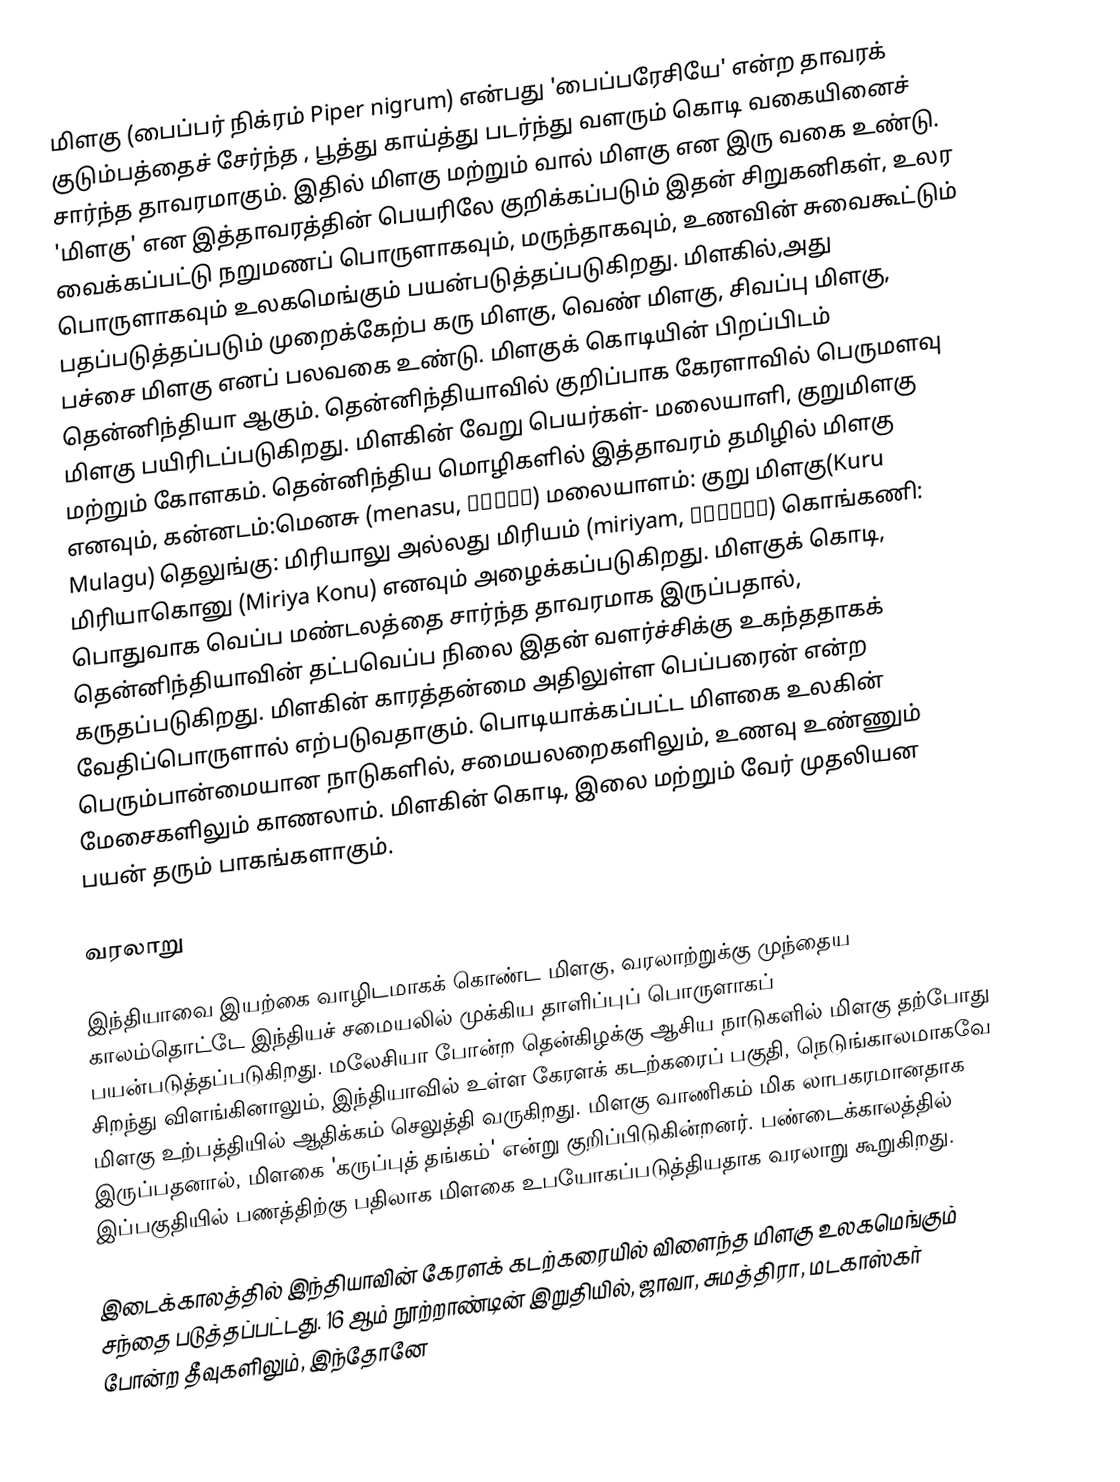
மிளகு (பைப்பர் நிக்ரம் Piper nigrum) என்பது 'பைப்பரேசியே' என்ற தாவரக் குடும்பத்தைச் சேர்ந்த , பூத்து காய்த்து படர்ந்து வளரும் கொடி வகையினைச் சார்ந்த தாவரமாகும். இதில் மிளகு மற்றும் வால் மிளகு என இரு வகை உண்டு. 'மிளகு' என இத்தாவரத்தின் பெயரிலே குறிக்கப்படும் இதன் சிறுகனிகள், உலர வைக்கப்பட்டு நறுமணப் பொருளாகவும், மருந்தாகவும், உணவின் சுவைகூட்டும் பொருளாகவும் உலகமெங்கும் பயன்படுத்தப்படுகிறது. மிளகில்,அது பதப்படுத்தப்படும் முறைக்கேற்ப கரு மிளகு, வெண் மிளகு, சிவப்பு மிளகு, பச்சை மிளகு எனப் பலவகை உண்டு. மிளகுக் கொடியின் பிறப்பிடம் தென்னிந்தியா ஆகும். தென்னிந்தியாவில் குறிப்பாக கேரளாவில் பெருமளவு மிளகு பயிரிடப்படுகிறது. மிளகின் வேறு பெயர்கள்- மலையாளி, குறுமிளகு மற்றும் கோளகம். தென்னிந்திய மொழிகளில் இத்தாவரம் தமிழில் மிளகு எனவும், கன்னடம்:மெனசு (menasu, ಮೆಣಸು) மலையாளம்: குறு மிளகு(Kuru Mulagu) தெலுங்கு: மிரியாலு அல்லது மிரியம் (miriyam, మిరియం) கொங்கணி: மிரியாகொனு (Miriya Konu) எனவும் அழைக்கப்படுகிறது.  மிளகுக் கொடி, பொதுவாக வெப்ப மண்டலத்தை சார்ந்த தாவரமாக இருப்பதால், தென்னிந்தியாவின் தட்பவெப்ப நிலை இதன் வளர்ச்சிக்கு உகந்ததாகக் கருதப்படுகிறது. மிளகின்  காரத்தன்மை அதிலுள்ள பெப்பரைன் என்ற வேதிப்பொருளால் எற்படுவதாகும். பொடியாக்கப்பட்ட மிளகை உலகின் பெரும்பான்மையான நாடுகளில், சமையலறைகளிலும், உணவு உண்ணும் மேசைகளிலும் காணலாம். மிளகின் கொடி, இலை மற்றும் வேர் முதலியன பயன் தரும் பாகங்களாகும்.

வரலாறு

இந்தியாவை இயற்கை வாழிடமாகக் கொண்ட மிளகு, வரலாற்றுக்கு முந்தைய காலம்தொட்டே இந்தியச் சமையலில் முக்கிய தாளிப்புப் பொருளாகப் பயன்படுத்தப்படுகிறது. மலேசியா போன்ற தென்கிழக்கு ஆசிய நாடுகளில் மிளகு தற்போது சிறந்து விளங்கினாலும்,  இந்தியாவில் உள்ள கேரளக் கடற்கரைப் பகுதி, நெடுங்காலமாகவே மிளகு உற்பத்தியில் ஆதிக்கம் செலுத்தி வருகிறது.   மிளகு வாணிகம் மிக லாபகரமானதாக இருப்பதனால், மிளகை  'கருப்புத் தங்கம்' என்று குறிப்பிடுகின்றனர். பண்டைக்காலத்தில் இப்பகுதியில் பணத்திற்கு பதிலாக மிளகை உபயோகப்படுத்தியதாக வரலாறு கூறுகிறது.

இடைக்காலத்தில் இந்தியாவின் கேரளக் கடற்கரையில் விளைந்த மிளகு உலகமெங்கும் சந்தை படுத்தப்பட்டது.  16 ஆம்  நூற்றாண்டின் இறுதியில், ஜாவா, சுமத்திரா, மடகாஸ்கர் போன்ற தீவுகளிலும், இந்தோனே